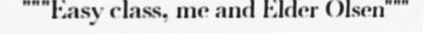
"""Easy class, me and Elder Olsen"""